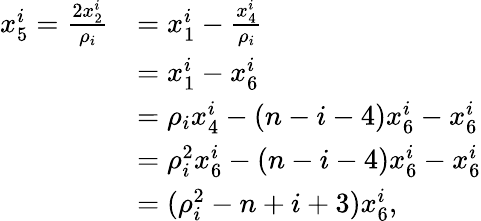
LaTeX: \begin{array}{rl}{x_{5}^{i}=\frac{2x_{2}^{i}}{\rho_{i}}}&{=x_{1}^{i}-\frac{x_{4}^{i}}{\rho_{i}}}\\ &{=x_{1}^{i}-x_{6}^{i}}\\ &{=\rho_{i}x_{4}^{i}-(n-i-4)x_{6}^{i}-x_{6}^{i}}\\ &{=\rho_{i}^{2}x_{6}^{i}-(n-i-4)x_{6}^{i}-x_{6}^{i}}\\ &{=(\rho_{i}^{2}-n+i+3)x_{6}^{i},}\end{array}